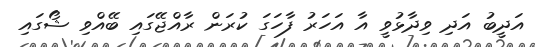
އަދީބު އަދި ވިދާޅުވީ އާ އަހަރު ފާހަގަ ކުރަން ރާއްޖޭގައި ބޭއްވި ޝޯގައި